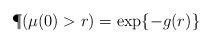
LaTeX: \begin{align*} \P(\mu(0)>r)=\exp\{-g(r)\}\end{align*}